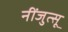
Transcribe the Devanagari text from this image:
नींजुत्सू